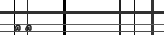
٦٠